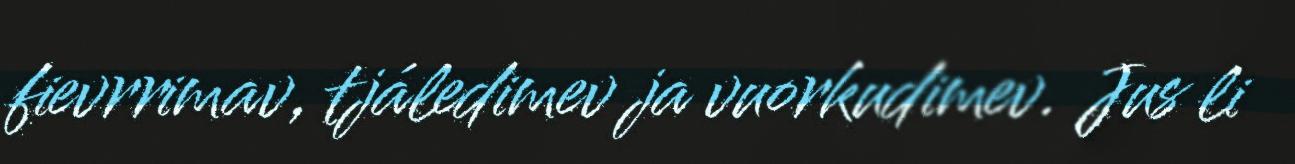
fievrrimav, tjáledimev ja vuorkudimev. Jus li